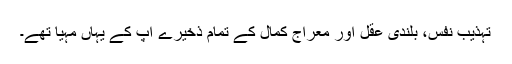
تہذیب نفس، بلندی عقل اور معراج کمال کے تمام ذخیرے آپ کے یہاں مہیا تھے۔